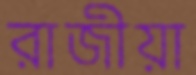
রাজীয়া